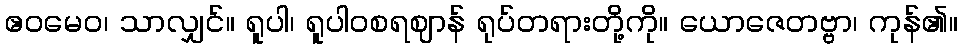
ဧဝမေဝ၊ သာလျှင်။ ရူပါ၊ ရူပါဝစရဈာန် ရုပ်တရားတို့ကို။ ယောဇေတဗ္ဗာ၊ ကုန်၏။